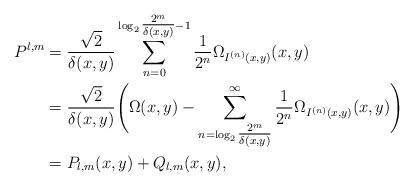
LaTeX: \begin{align*}P^{l,m}&=\frac{\sqrt{2}}{\delta(x,y)}\sum_{n=0}^{\log_2\tfrac{2^m}{\delta(x,y)}-1}\frac{1}{2^n}\Omega_{I^{(n)}(x,y)}(x,y)\\&=\frac{\sqrt{2}}{\delta(x,y)}\Biggl(\Omega(x,y)-\sum_{n=\log_2\tfrac{2^m}{\delta(x,y)}}^{\infty}\frac{1}{2^n}\Omega_{I^{(n)}(x,y)}(x,y)\Biggr)\\&=P_{l,m}(x,y)+Q_{l,m}(x,y),\end{align*}